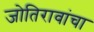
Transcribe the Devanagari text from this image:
जोतिरावांचा